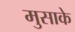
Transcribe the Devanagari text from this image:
मुसाके